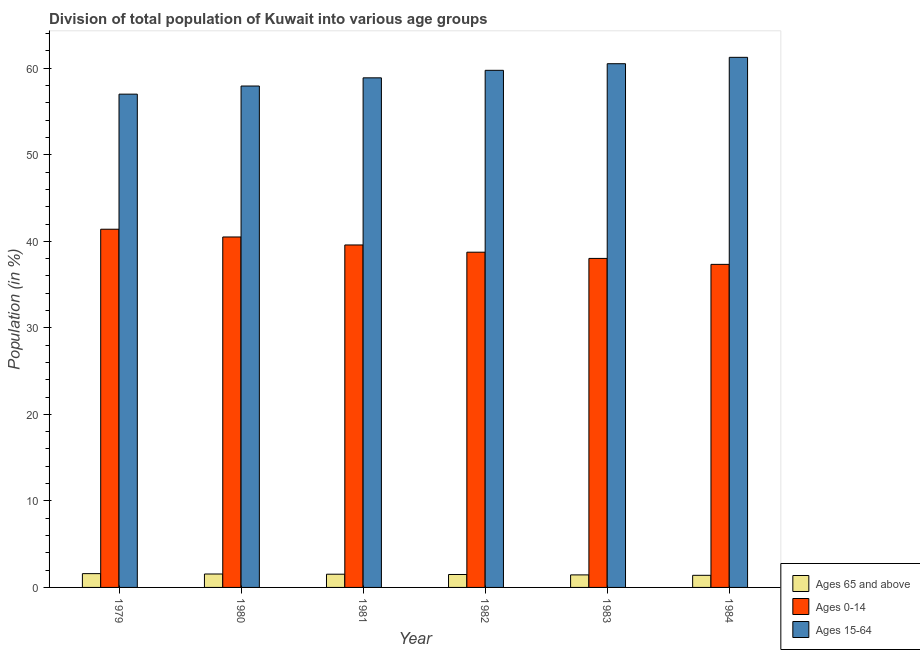
| Year | Ages 65 and above | Ages 0-14 | Ages 15-64 |
 | --- | --- | --- | --- |
 | 1979 | 1.59 | 41.4 | 57 |
 | 1980 | 1.55 | 40.5 | 57.9 |
 | 1981 | 1.53 | 39.6 | 58.9 |
 | 1982 | 1.49 | 38.7 | 59.8 |
 | 1983 | 1.45 | 38 | 60.5 |
 | 1984 | 1.4 | 37.3 | 61.3 |